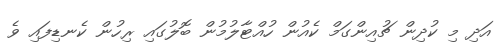
އަދި މި ކުދިން ޗުއިންގަމް ކެއުން ހުއްޓާލުމުން ބޮލުގައި ރިހުން ކެނޑިފައި ވެ